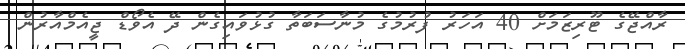
ރާއްޖޭގެ ޓޫރިޒަމަށް 40 އަހަރު ފުރުމުގެ މުނާސަބަތާ ގުޅުވައިގެން ދޭ އެވޯޑް ޖީއެމްއާރުން